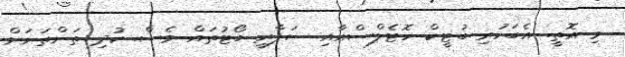
މި އޮތީ. އެބަހުރި ބުޓީކް ހޮޓެލްސްއާއި ސަފާރީ ބޯޓުތައް ވެސް. ކުދި ތަންތަނަށް